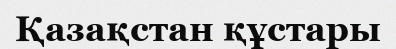
Қазақстан құстары